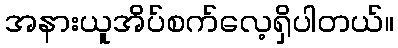
အနားယူအိပ်စက်လေ့ရှိပါတယ်။